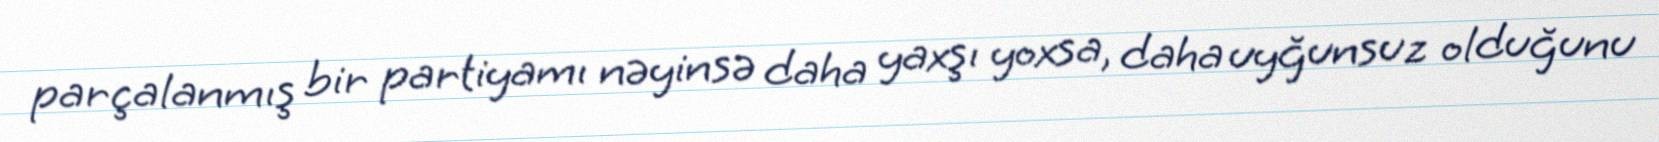
parçalanmış bir partiyamı nəyinsə daha yaxşı yoxsa, daha uyğunsuz olduğunu